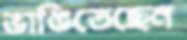
ভাঙিতেছেন